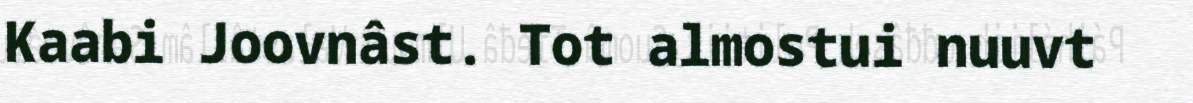
Kaabi Joovnâst. Tot almostui nuuvt